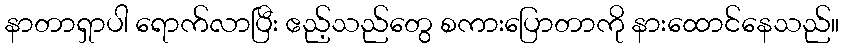
နာတာရှာပါ ရောက်လာပြီး ဧည့်သည်တွေ စကားပြောတာကို နားထောင်နေသည်။